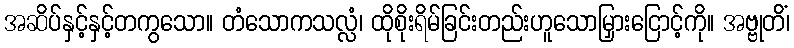
အဆိပ်နှင့်နှင့်တကွသော။ တံသောကသလ္လံ၊ ထိုစိုးရိမ်ခြင်းတည်းဟူသောမြှားငြောင့်ကို။ အဗ္ဗုတိံ၊